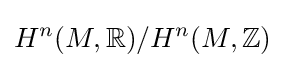
H^{n}(M,\mathbb {R} )/H^{n}(M,\mathbb {Z} )